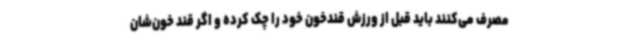
مصرف می‌کنند باید قبل از ورزش قندخون خود را چک کرده و اگر قند خون‌شان